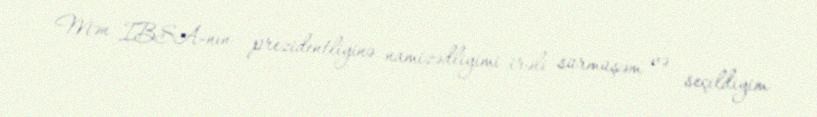
Mən IBSA-nın prezidentliyinə namizədliyimi irəli sürmüşəm və seçildiyim